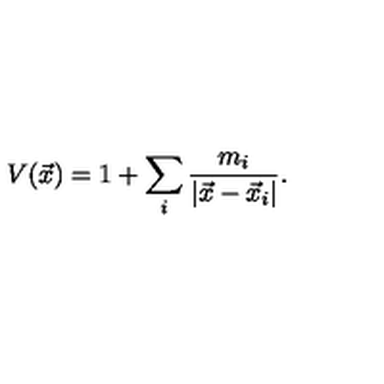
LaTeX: V ( \vec { x } ) = 1 + \sum _ { i } \frac { m _ { i } } { | \vec { x } - \vec { x } _ { i } | } .